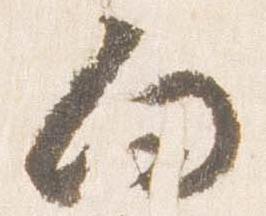
向